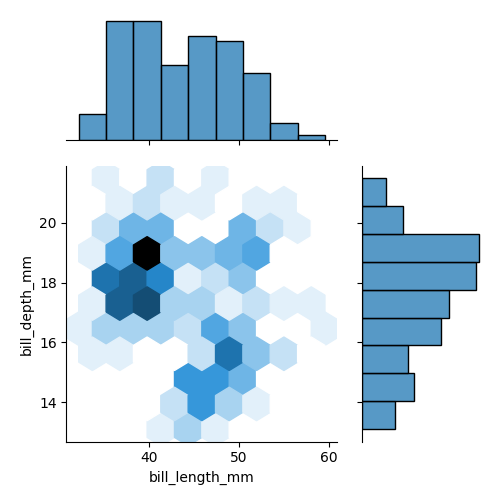
python, seaborn, jointplot, kind='hex', height='5', ratio='2', marginal_ticks='False'